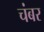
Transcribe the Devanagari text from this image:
चंबर